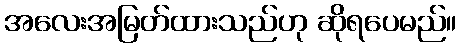
အလေးအမြတ်ထားသည်ဟု ဆိုရပေမည်။